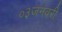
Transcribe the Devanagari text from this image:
०३जनवरी